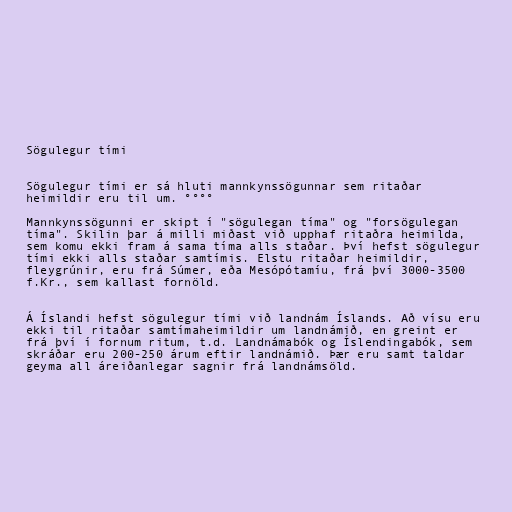
Sögulegur tími

Sögulegur tími er sá hluti mannkynssögunnar sem ritaðar
heimildir eru til um. °°°°

Mannkynssögunni er skipt í "sögulegan tíma" og "forsögulegan
tíma". Skilin þar á milli miðast við upphaf ritaðra heimilda,
sem komu ekki fram á sama tíma alls staðar. Því hefst sögulegur
tími ekki alls staðar samtímis. Elstu ritaðar heimildir,
fleygrúnir, eru frá Súmer, eða Mesópótamíu, frá því 3000-3500
f.Kr., sem kallast fornöld.

Á Íslandi hefst sögulegur tími við landnám Íslands. Að vísu eru
ekki til ritaðar samtímaheimildir um landnámið, en greint er
frá því í fornum ritum, t.d. Landnámabók og Íslendingabók, sem
skráðar eru 200-250 árum eftir landnámið. Þær eru samt taldar
geyma all áreiðanlegar sagnir frá landnámsöld.